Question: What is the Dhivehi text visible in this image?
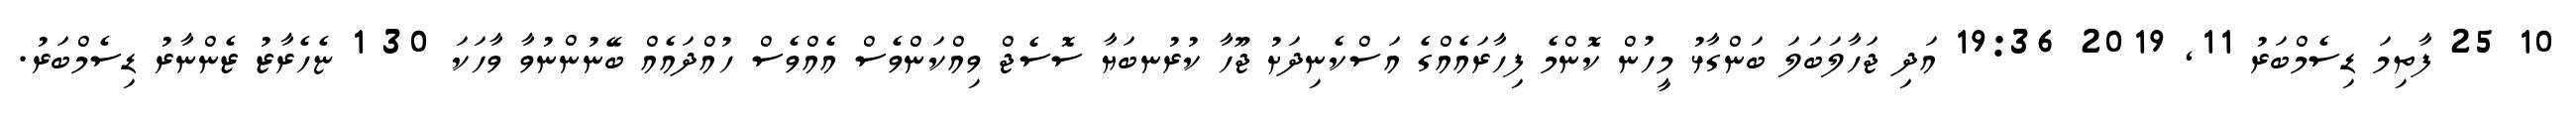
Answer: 10 25 ފާތިމަ ޑިސެމްބަރު 11, 2019 19:36 އަދި ޖަހާލަބަލަ ބަންގާޅު މީހުން ކޮންމެ ފިހާރައެއްގެ އަސްކެނިދަށު ޖޫހާ ކުރުނބަޔާ ސޮސެޖް ވިއްކަންވެސް އެއްވެސް ހުއްދައެއް ބޭނުންނުވާ ވާހަކަ 30 1 ޏެހެރާޒު ޒެންނާރު ޑިސެމްބަރު.